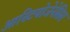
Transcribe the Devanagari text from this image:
आस्टियोजेनेसिस